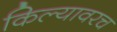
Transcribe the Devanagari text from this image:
किल्यावरच